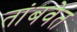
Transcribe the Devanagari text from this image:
तांबवेत